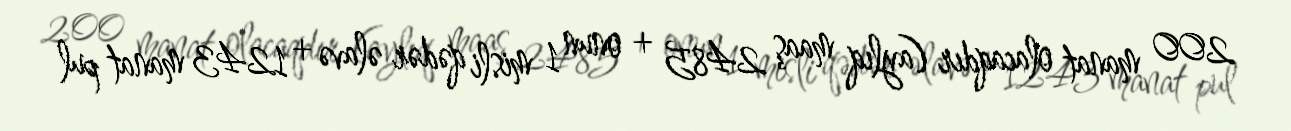
200 manat olacaqdır (aylıq maaş 2485 + onun 1 misli qədər əlavə + 1243 manat pul